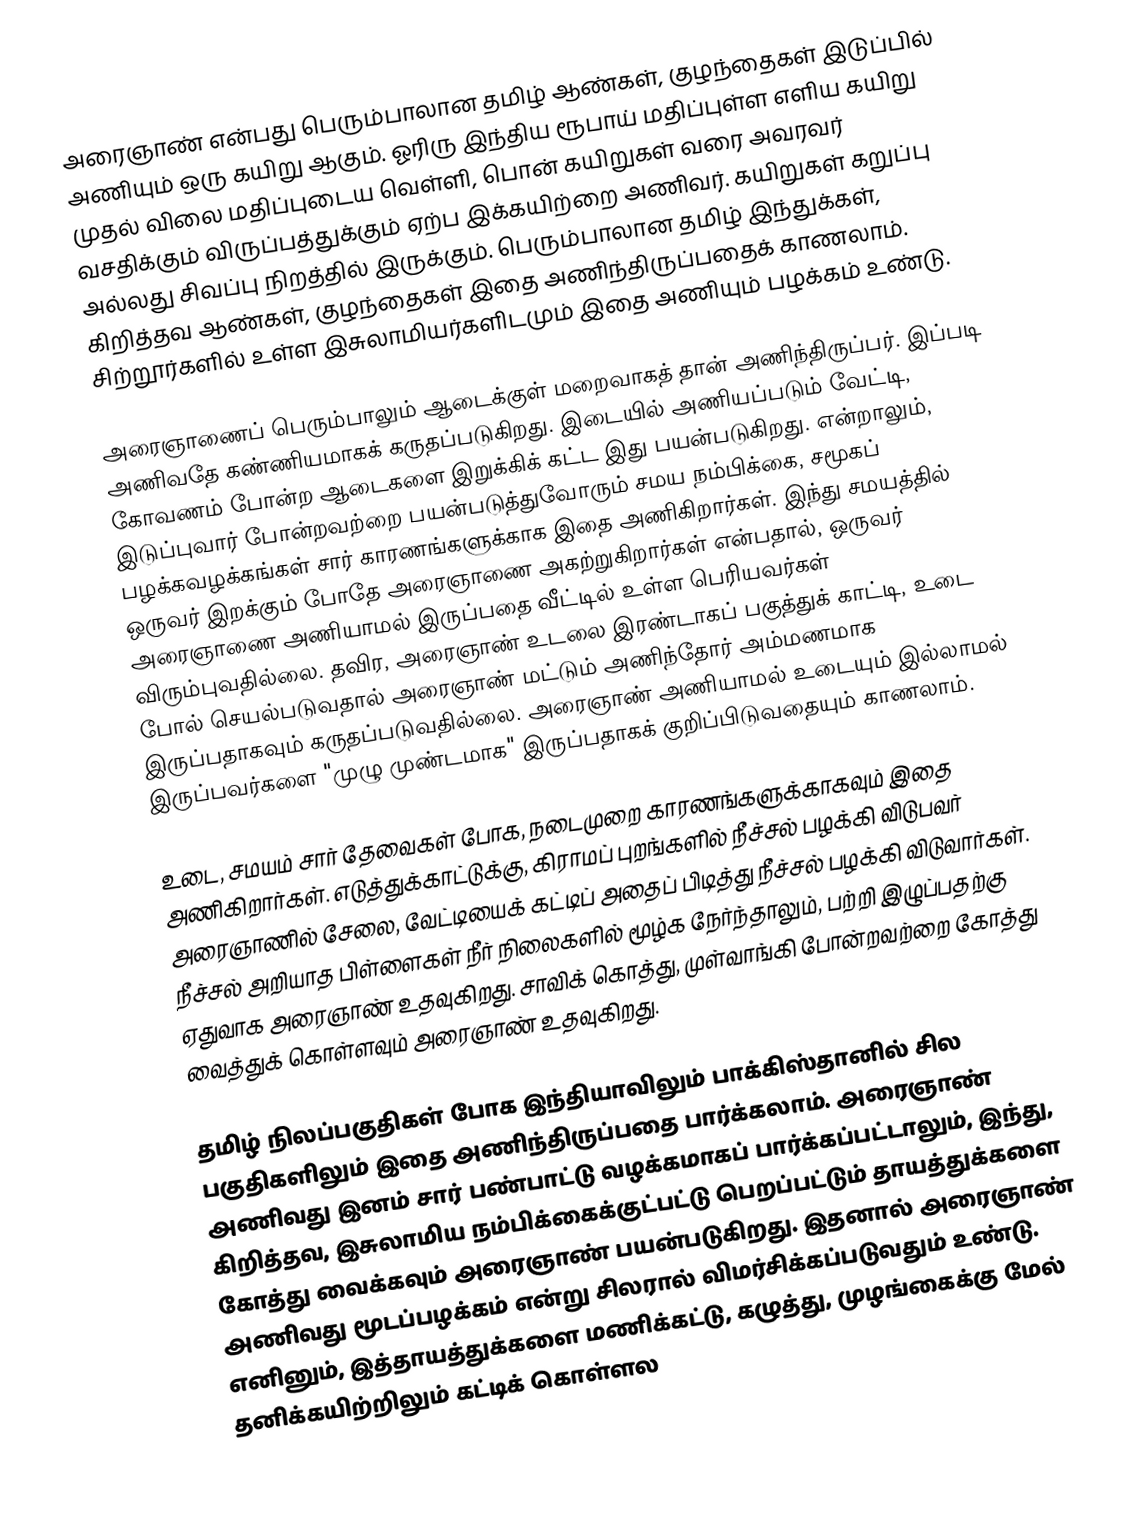
அரைஞாண் என்பது பெரும்பாலான தமிழ் ஆண்கள், குழந்தைகள் இடுப்பில் அணியும் ஒரு கயிறு ஆகும். ஓரிரு இந்திய ரூபாய் மதிப்புள்ள எளிய கயிறு முதல் விலை மதிப்புடைய வெள்ளி, பொன் கயிறுகள் வரை அவரவர் வசதிக்கும் விருப்பத்துக்கும் ஏற்ப இக்கயிற்றை அணிவர். கயிறுகள் கறுப்பு அல்லது சிவப்பு நிறத்தில் இருக்கும். பெரும்பாலான தமிழ் இந்துக்கள், கிறித்தவ ஆண்கள், குழந்தைகள் இதை அணிந்திருப்பதைக் காணலாம். சிற்றூர்களில் உள்ள இசுலாமியர்களிடமும் இதை அணியும் பழக்கம் உண்டு.

அரைஞாணைப் பெரும்பாலும் ஆடைக்குள் மறைவாகத் தான் அணிந்திருப்பர். இப்படி அணிவதே கண்ணியமாகக் கருதப்படுகிறது. இடையில் அணியப்படும் வேட்டி, கோவணம் போன்ற ஆடைகளை இறுக்கிக் கட்ட இது பயன்படுகிறது. என்றாலும், இடுப்புவார் போன்றவற்றை பயன்படுத்துவோரும் சமய நம்பிக்கை, சமூகப் பழக்கவழக்கங்கள் சார் காரணங்களுக்காக இதை அணிகிறார்கள். இந்து சமயத்தில் ஒருவர் இறக்கும் போதே அரைஞாணை அகற்றுகிறார்கள் என்பதால், ஒருவர் அரைஞாணை அணியாமல் இருப்பதை வீட்டில் உள்ள பெரியவர்கள் விரும்புவதில்லை. தவிர, அரைஞாண் உடலை இரண்டாகப் பகுத்துக் காட்டி, உடை போல் செயல்படுவதால் அரைஞாண் மட்டும் அணிந்தோர் அம்மணமாக இருப்பதாகவும் கருதப்படுவதில்லை. அரைஞாண் அணியாமல் உடையும் இல்லாமல் இருப்பவர்களை "முழு முண்டமாக" இருப்பதாகக் குறிப்பிடுவதையும் காணலாம்.

உடை, சமயம் சார் தேவைகள் போக, நடைமுறை காரணங்களுக்காகவும் இதை அணிகிறார்கள். எடுத்துக்காட்டுக்கு, கிராமப் புறங்களில் நீச்சல் பழக்கி விடுபவர் அரைஞாணில் சேலை, வேட்டியைக் கட்டிப் அதைப் பிடித்து நீச்சல் பழக்கி விடுவார்கள். நீச்சல் அறியாத பிள்ளைகள் நீர் நிலைகளில் மூழ்க நேர்ந்தாலும், பற்றி இழுப்பதற்கு ஏதுவாக அரைஞாண் உதவுகிறது. சாவிக் கொத்து, முள்வாங்கி போன்றவற்றை கோத்து வைத்துக் கொள்ளவும் அரைஞாண் உதவுகிறது.

தமிழ் நிலப்பகுதிகள் போக இந்தியாவிலும் பாக்கிஸ்தானில் சில பகுதிகளிலும் இதை அணிந்திருப்பதை பார்க்கலாம். அரைஞாண் அணிவது இனம் சார் பண்பாட்டு வழக்கமாகப் பார்க்கப்பட்டாலும், இந்து, கிறித்தவ, இசுலாமிய நம்பிக்கைக்குட்பட்டு பெறப்பட்டும் தாயத்துக்களை கோத்து வைக்கவும் அரைஞாண் பயன்படுகிறது. இதனால் அரைஞாண் அணிவது மூடப்பழக்கம் என்று சிலரால் விமர்சிக்கப்படுவதும் உண்டு. எனினும், இத்தாயத்துக்களை மணிக்கட்டு, கழுத்து, முழங்கைக்கு மேல் தனிக்கயிற்றிலும் கட்டிக் கொள்ளல